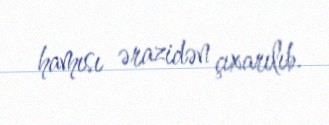
hamısı ərazidən çıxarılıb.